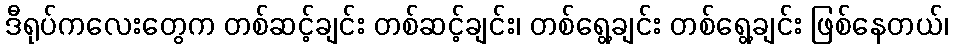
ဒီရုပ်ကလေးတွေက တစ်ဆင့်ချင်း တစ်ဆင့်ချင်း၊ တစ်ရွေ့ချင်း တစ်ရွေ့ချင်း ဖြစ်နေတယ်၊